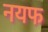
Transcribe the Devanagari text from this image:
नयफ